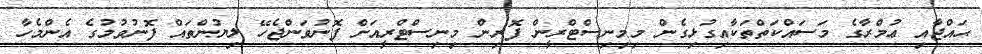
ޙައްޖާއި ޢުމްރާގެ މަސައްކަތްތަކާއިގުޅިގެން މިމިނިސްޓްރީން ފޮރިން މިނިސްޓްރީއަށް ފޮނުވަންޖެހޭ ލިޔުންތައް ފޮނުވުމުގެ އެންމެހާ